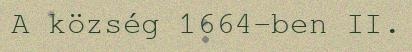
A község 1664-ben II.